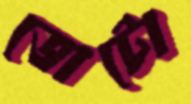
ভোটো